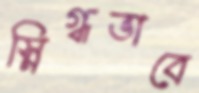
স্নিগ্ধভাবে